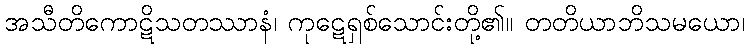
အသီတိကောဋိသတဿာနံ၊ ကုဋေရှစ်သောင်းတို့၏။ တတိယာဘိသမယော၊